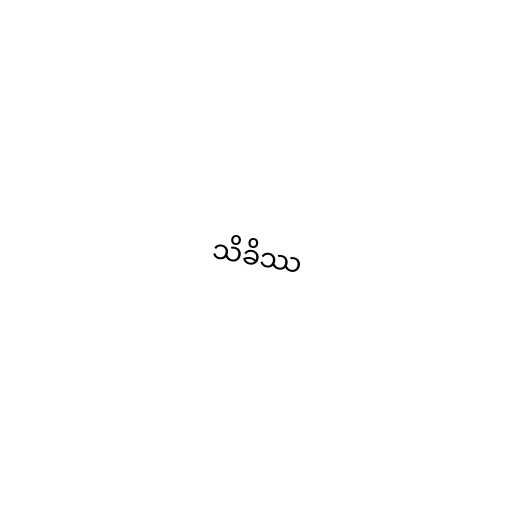
သိခိဿ